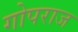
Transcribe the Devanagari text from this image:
गोपराज